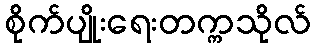
စိုက်ပျိုးရေးတက္ကသိုလ်